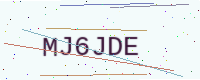
Text: MJ6JDE